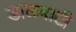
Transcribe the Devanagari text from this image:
डाळबाटी